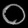
Digit: ၀